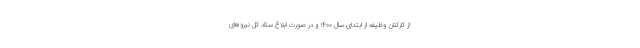
از کارکنان وظیفه از ابتدای سال ۱۴۰۰ و در صورت ابلاغ ستاد کل نیروهای